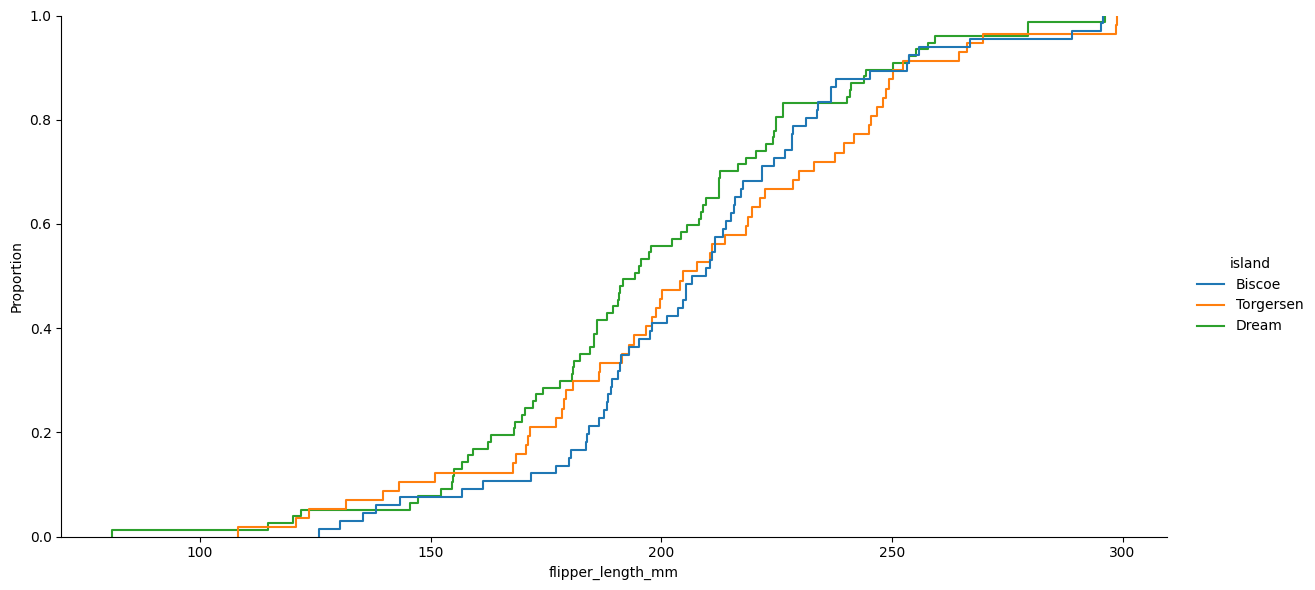
python, seaborn, displot, kind='ecdf', column='flipper_length_mm', hue='island', height=6, aspect=2.0